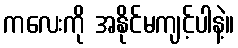
ကလေးကို အနိုင်မကျင့်ပါနဲ့။